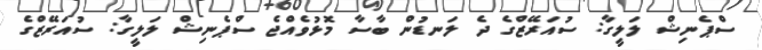
ސްޕެނިޝް ލަލީގާ: ސުއަރޭޒްގެ ދެ ލަނޑުން ބާސާ މޮޅުވެއްޖެ ސްޕެނިޝް ލަލީގާ: ސުއަރޭޒްގެ